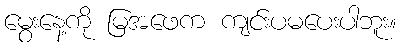
မွေးနေ့ကို မြအဖေက ကျင်းပမပေးပါဘူး။